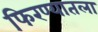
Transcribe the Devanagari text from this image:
फिरण्यातला